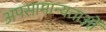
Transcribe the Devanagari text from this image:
अपसामान्यताओं